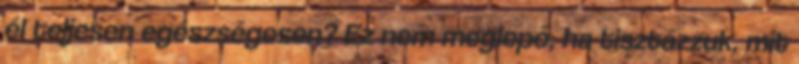
él teljesen egészségesen? Ez nem meglepő, ha tisztázzuk, mit